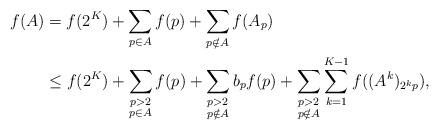
LaTeX: \begin{align*}f(A) & = f(2^K)+\sum_{p\in A}f(p) +\sum_{p\notin A}f(A_{p}) \\&\le f(2^K) + \sum_{\substack{p>2\\p\in A}} f(p) + \sum_{\substack{p>2\\p\notin A}} b_pf(p) + \sum_{\substack{p>2\\p\notin A}}\sum_{k=1}^{K-1} f((A^k)_{2^k p}),\end{align*}